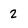
Character: 2